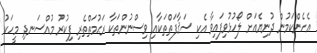
އެހެންކަމުން ދުނިޔެއަށް ލޯހުޅުވިފައިވާ އެކި ސަޤާފަތްތަކާއި ވިސްނުންތަކާ ރަޙުމަތްތެރި ފިކުރު މުއްސަނދި މީހަކު